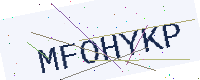
Text: MFOHYKP